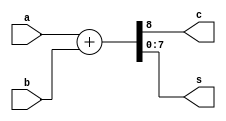
//Adder
 
 module adder(a,b,c,s);
 input [7:0] a,b;
 output [7:0] s;
 output c; 
 assign {c,s}=a+b;
 endmodule